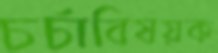
চর্চাবিষয়ক